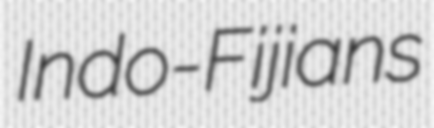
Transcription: Indo-Fijians